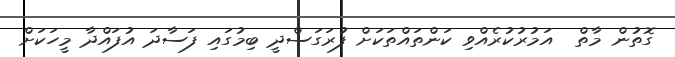
ގޮތުން މާތް  އަމުރުކުރެއްވި ކަންތައްތަކަށް ފުރަގަސްދީ ބިމުގައި ފަސާދަ އުފައްދާ މީހަކަށް